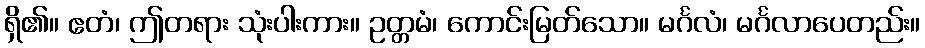
ရှိ၏။ ဧတံ၊ ဤတရား သုံးပါးကား။ ဥတ္တမံ၊ ကောင်းမြတ်သော။ မင်္ဂလံ၊ မင်္ဂလာပေတည်း။